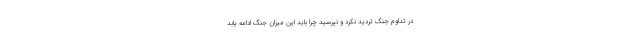
در تداوم جنگ تردید نکرد و نپرسید چرا باید این میزان جنگ ادامه یابد